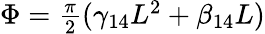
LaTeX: \begin{array}{r}{\Phi=\frac{\pi}{2}(\gamma_{14}L^{2}+\beta_{14}L)}\end{array}